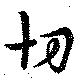
切